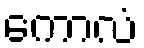
ကောလံ